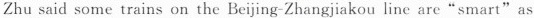
Zhu said some trains on the Beijing-Zhangjiakou line are"smart"as